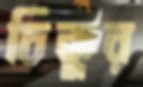
চিকুর